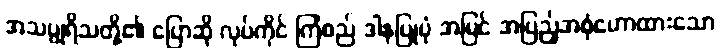
အသပ္ပုရိသတို့၏ ပြောဆို လုပ်ကိုင် ကြံစည် ဒါနပြုပုံ အမြင် အပြည့်အစုံဟောထားသော